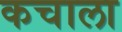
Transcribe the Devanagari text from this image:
कचाला